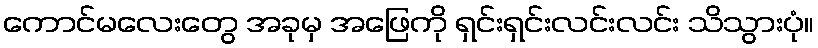
ကောင်မလေးတွေ အခုမှ အဖြေကို ရှင်းရှင်းလင်းလင်း သိသွားပုံ။